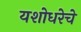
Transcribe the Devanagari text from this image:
यशोधरेचे